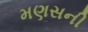
મણસની